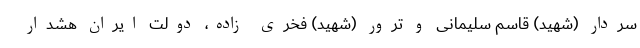
سردار (شهید) قاسم سلیمانی و ترور (شهید) فخری زاده، دولت ایران هشدار